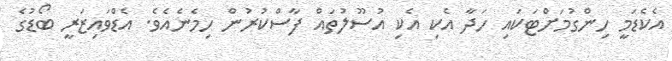
އެކެޑަމީ ހިންގުމަށްޓަކައި ހަދާ އެކި އެކި އުސޫލުތައް ފާސްކުރުން ހިމެނެއެވެ. އެޑްވައިޒަރީ ބޯޑުގެ